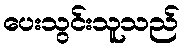
ပေးသွင်းသူသည်